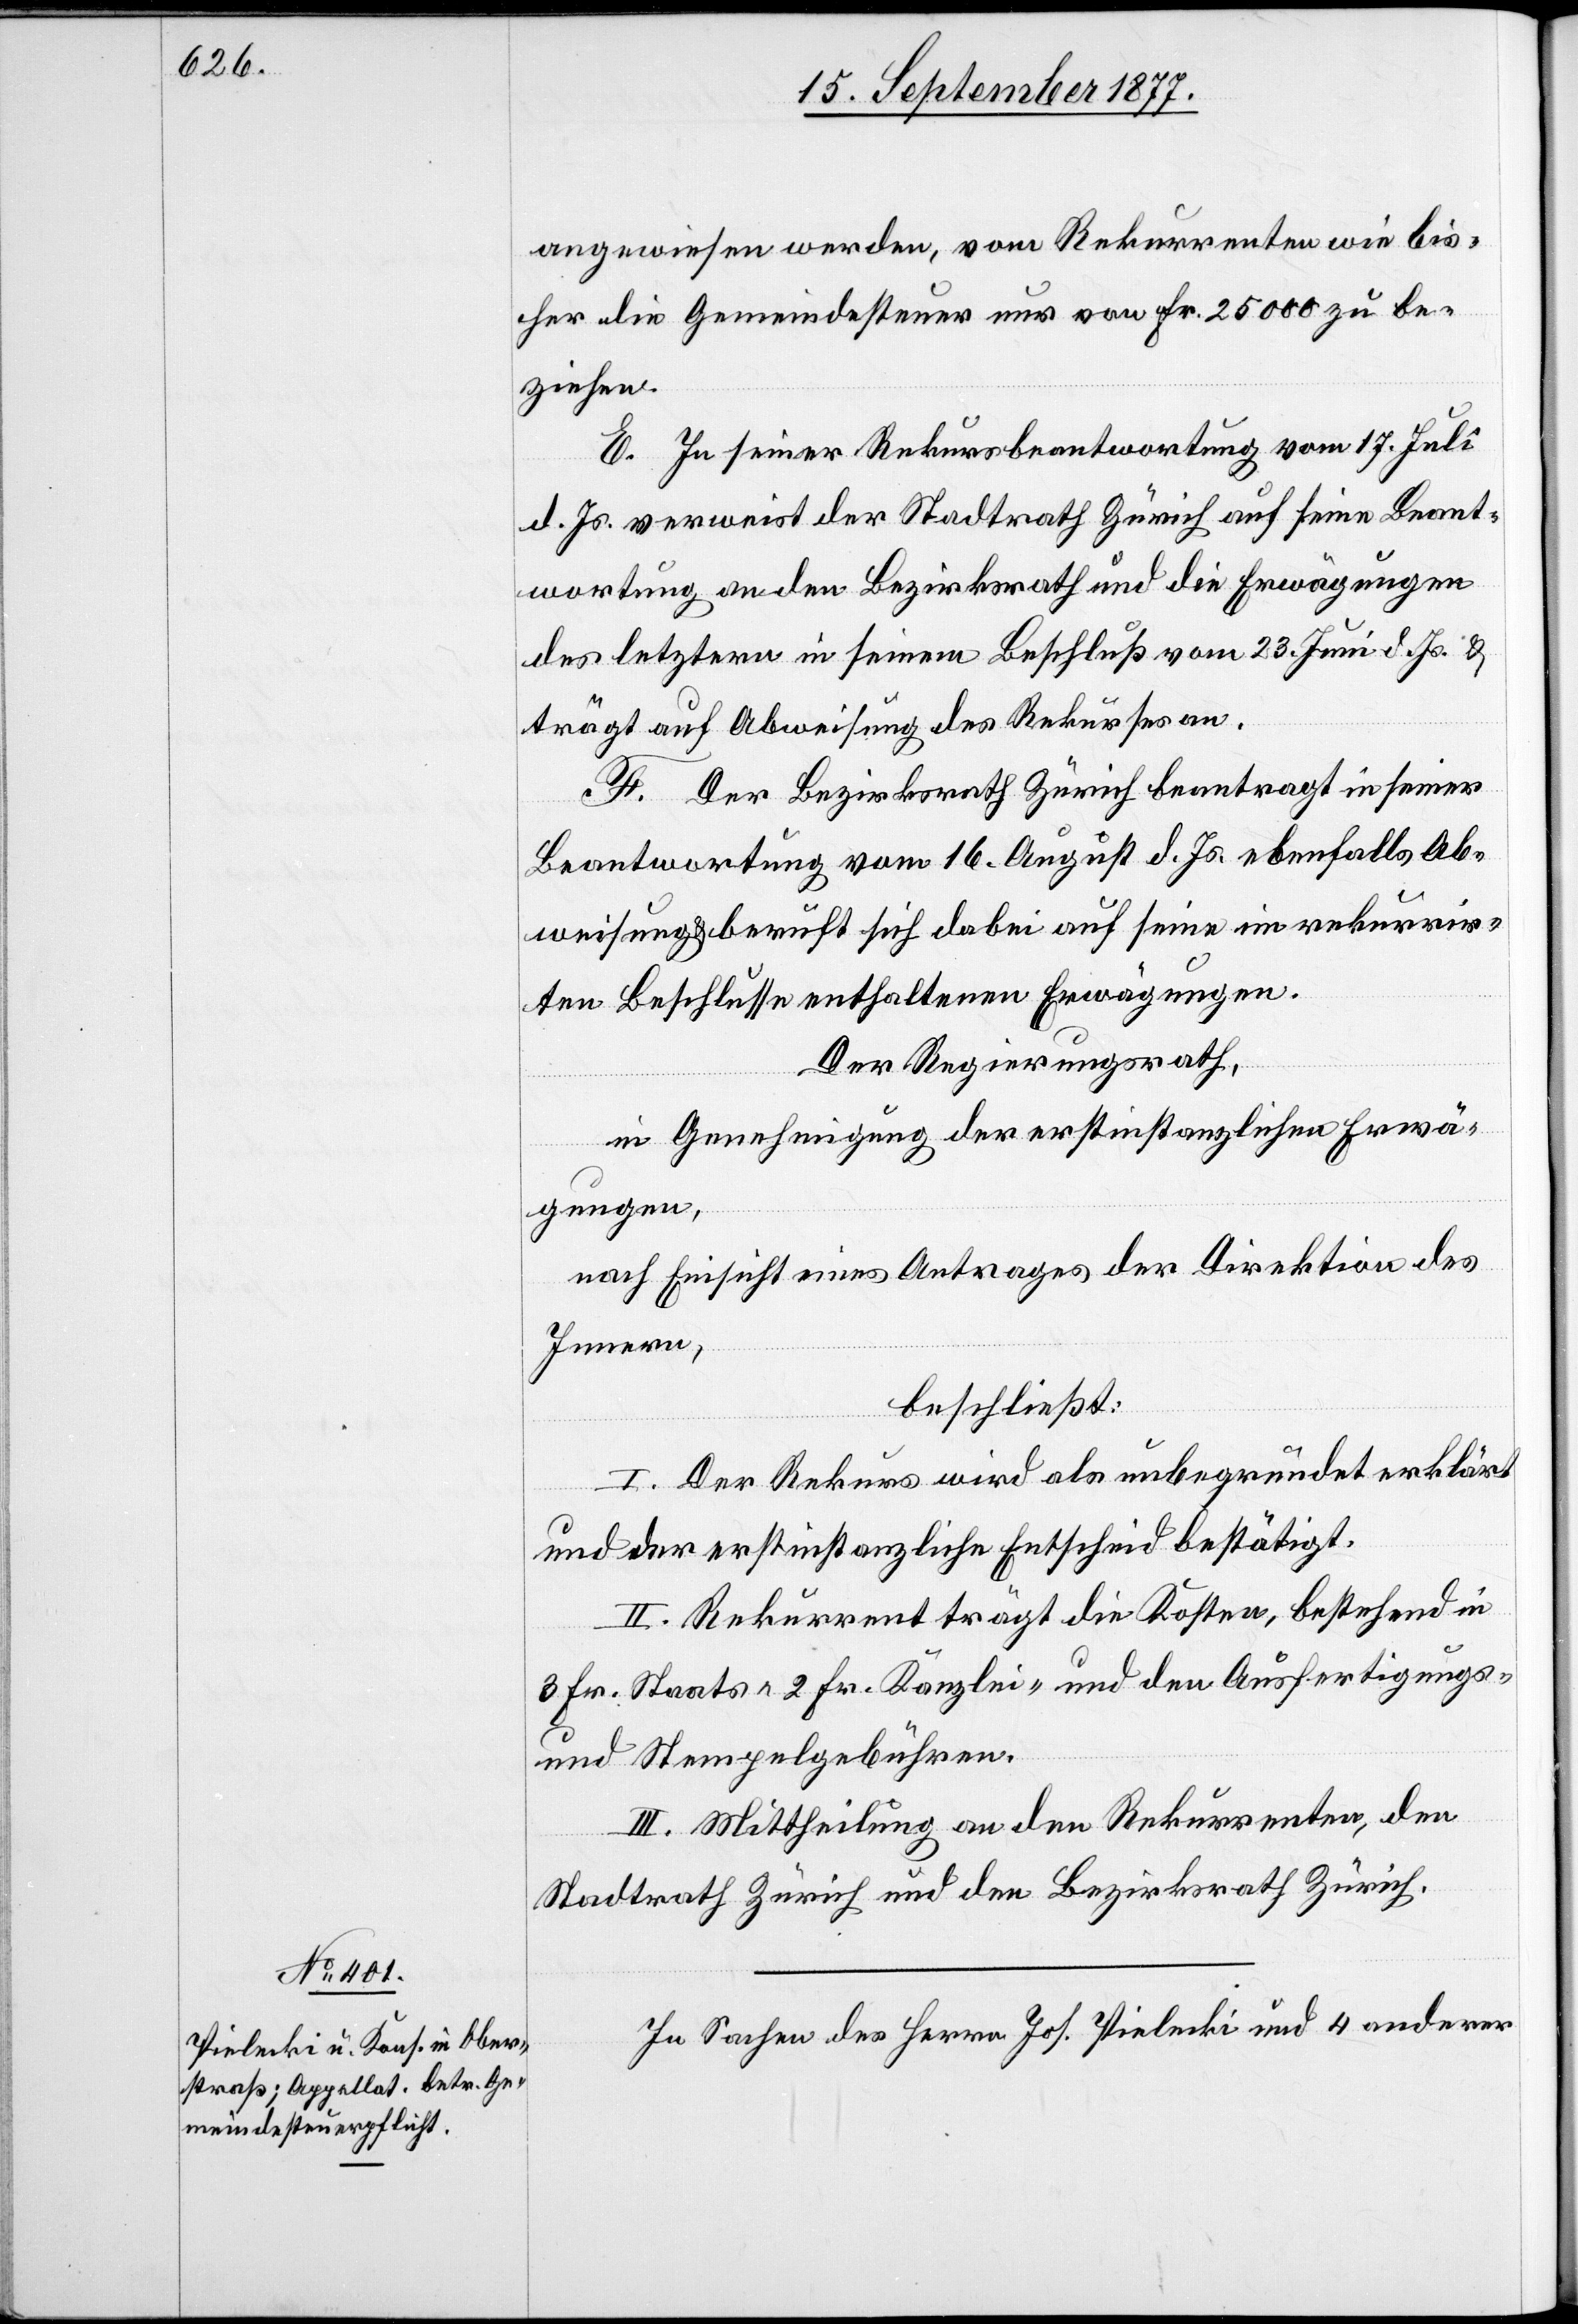
angewiesen werden, vom Rekurrenten wie bis¬
her die Gemeindesteuer nur von Fr. 25 000 zu be¬
ziehen.
E. In seiner Rekursbeantwortung vom 17. Juli
d. Js. verweist der Stadtrath Zürich auf seine Beant¬
wortung an den Bezirksrath und die Erwägungen
des letztern in seinem Beschluß vom 23. Juni d. Js. &
trägt auf Abweisung des Rekurses an.
F. Der Bezirksrath Zürich beantragt in seiner
Beantwortung vom 16. August d. Js. ebenfalls Ab¬
weisung & beruft sich dabei auf seine im rekurrir¬
ten Beschlusse enthaltenen Erwägungen.
Der Regierungsrath,
in Genehmigung der erstinstanzlichen Erwä¬
gungen,
nach Einsicht eines Antrages der Direktion des
Innern,
beschließt:
I. Der Rekurs wird als unbegründet erklärt
und der erstinstanzliche Entscheid bestätigt.
II. Rekurrent trägt die Kosten, bestehend in
3 Fr. Staats-[,] 2 Fr. Kanzlei- und den Ausfertigungs-
und Stempelgebühren.
III. Mittheilung an den Rekurrenten, den
Stadtrath Zürich und den Bezirksrath Zürich.
In Sachen des Herrn Jos. Pielecki und 4 anderer